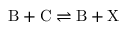
\mathrm { B } + \mathrm { C } \rightleftharpoons \mathrm { B } + \mathrm { X }